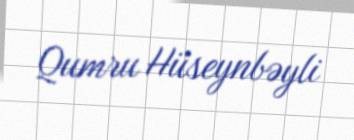
Qumru Hüseynbəyli